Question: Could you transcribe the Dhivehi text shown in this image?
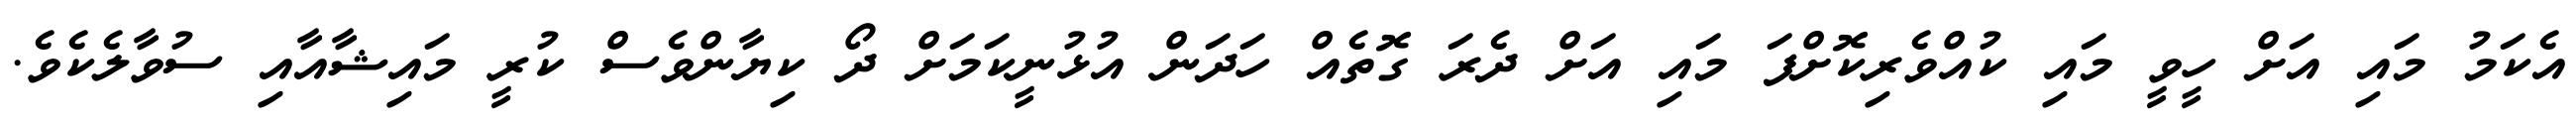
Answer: އެކަމު މައި އަށް ހީވީ މައި ކުއްވެރިކޮށްފަ މައި އަށް ދެރަ ގޮތެއް ހަދަން އުޅުނީކަމަށް ދޯ ކިޔާންވެސް ކުރީ މައިޝާއާއި ސުވާލެކެވެ.